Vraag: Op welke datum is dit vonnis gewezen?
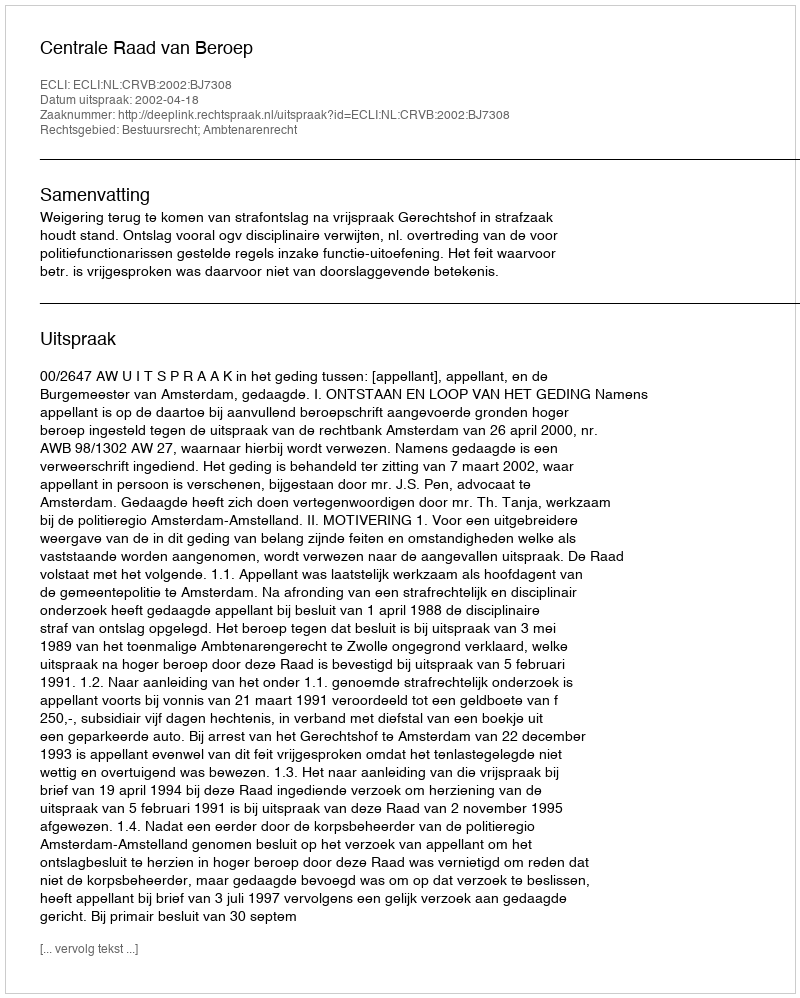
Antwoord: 2002-04-18